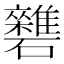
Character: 𥗱